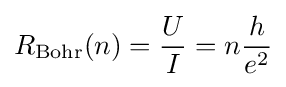
R_{\text{Bohr}}(n)={\frac {U}{I}}=n{\frac {h}{e^{2}}}